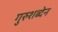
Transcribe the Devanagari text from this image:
गुरुशब्देन